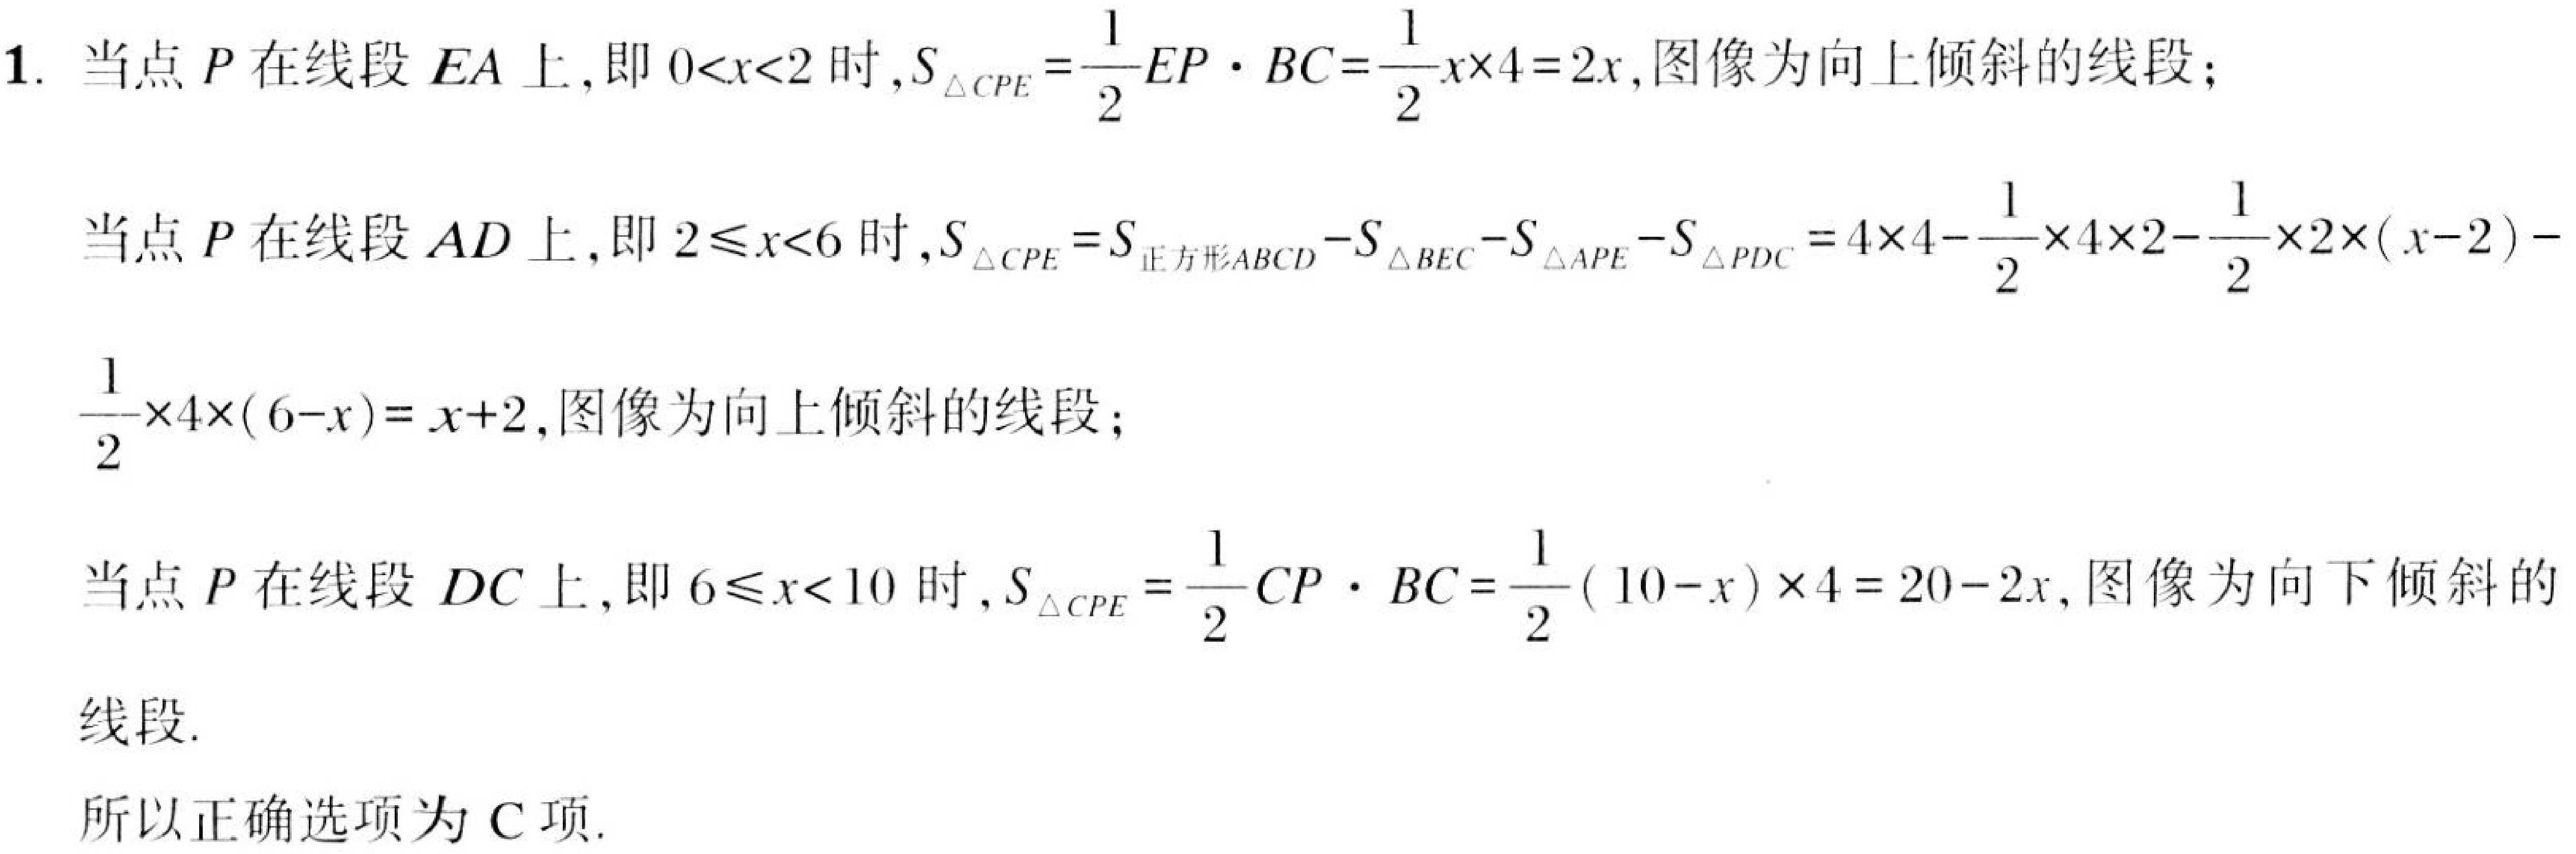
1. 当点\(P\)在线段\(EA\)上，即\(0<x<2\)时，\(S_{\triangle CPE}=\frac{1}{2}EP\cdot BC = \frac{1}{2}x\times4 = 2x\)，图像为向上倾斜的线段；
当点\(P\)在线段\(AD\)上，即\(2\leqslant x<6\)时，\(S_{\triangle CPE}=S_{正方形ABCD}-S_{\triangle BEC}-S_{\triangle APE}-S_{\triangle PDC}=4\times4 - \frac{1}{2}\times4\times2-\frac{1}{2}\times2\times(x - 2)-\frac{1}{2}\times4\times(6 - x)=x + 2\)，图像为向上倾斜的线段；
当点\(P\)在线段\(DC\)上，即\(6\leqslant x<10\)时，\(S_{\triangle CPE}=\frac{1}{2}CP\cdot BC=\frac{1}{2}(10 - x)\times4 = 20 - 2x\)，图像为向下倾斜的线段.
所以正确选项为C项.